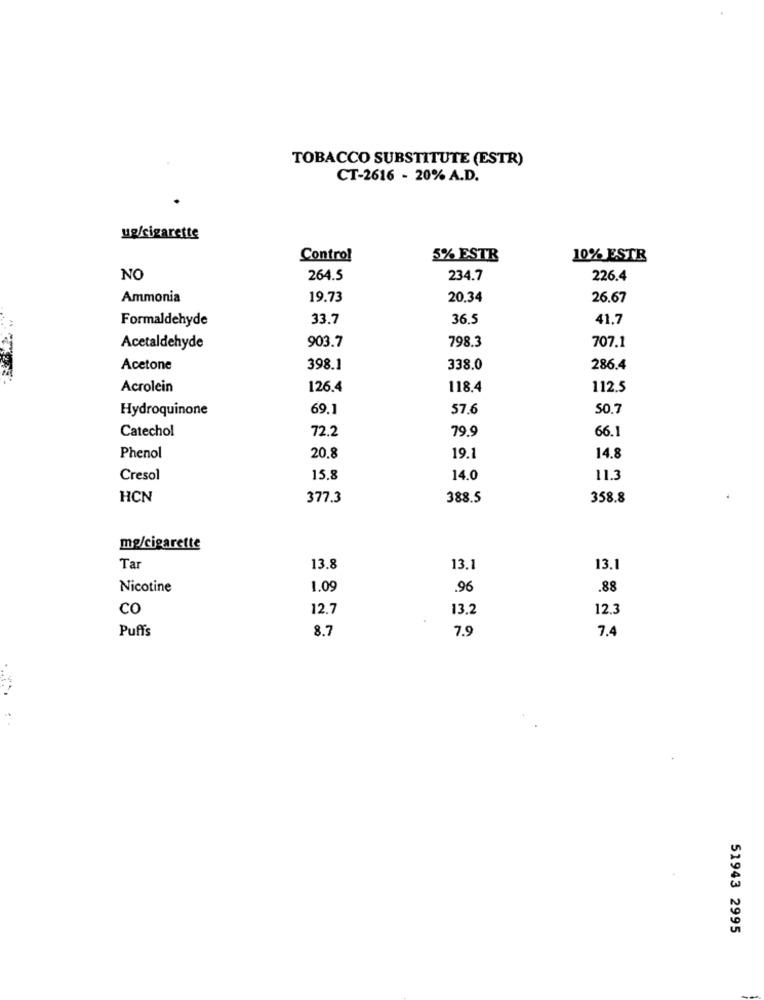
TOBACCO SUBSTITUTE (ESTR)
CT-2616 - 20% A.D.
ug/cigarette
Control
5% ESTR
10% ESTR
NO
264.5
234.7
226.4
Ammonia
19.73
20.34
26.67
Formaldehyde
33.7
36.5
41.7
903.7
798.3
707.1
Acetaldehyde
Acetone
398.1
338.0
286.4
Acrolein
126.4
118.4
112.5
Hydroquinone
69.1
57.6
50.7
Catechol
72.2
79.9
66.1
Phenol
20.8
19.1
14.8
Cresol
15.8
14.0
11.3
HCN
377.3
388.5
358.8
mg/cigarette
Tar
13.8
13.1
13.1
Nicotine
1.09
.96
.88
co
12.7
13.2
12.3
Puffs
8.7
7.5
7.4
51943 2995